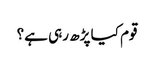
قوم کیا پڑھ رہی ہے؟